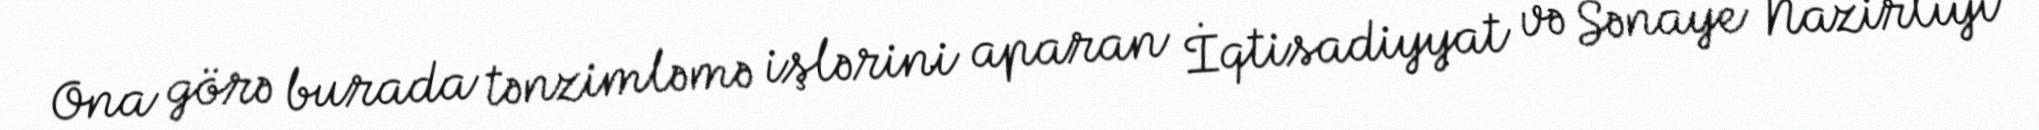
Ona görə burada tənzimləmə işlərini aparan İqtisadiyyat və Sənaye Nazirliyi